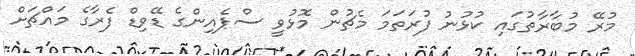
މުރޭ މުބާރާތުގައި ކުޅުނު ފުރަތަމަ މެޗުން މޮޅުވީ ސްޕެއިންގެ ޑޭވިޑް ފެރާގެ މައްޗަށް